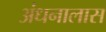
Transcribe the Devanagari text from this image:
अंधनालास